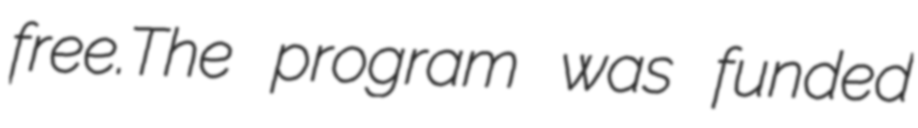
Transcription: free.The program was funded